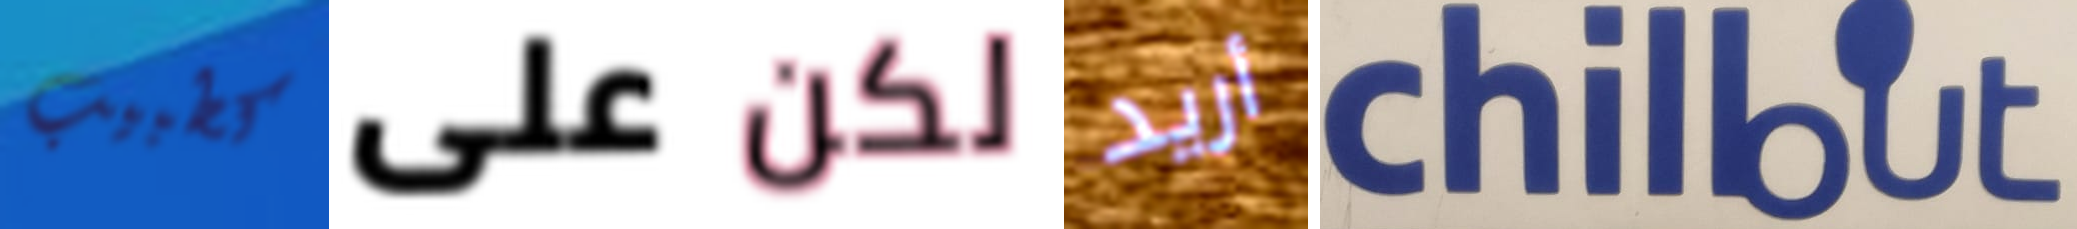
كطبيب على لكن أريد chillout